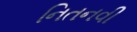
નિતનવી